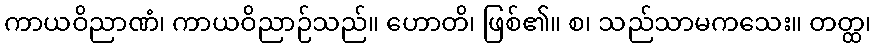
ကာယဝိညာဏံ၊ ကာယဝိညာဉ်သည်။ ဟောတိ၊ ဖြစ်၏။ စ၊ သည်သာမကသေး။ တတ္ထ၊